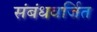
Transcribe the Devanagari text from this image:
संबंधवर्जित